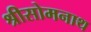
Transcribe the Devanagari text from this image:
श्रीसोमनाथ